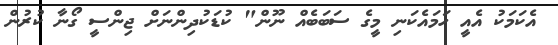
އެކަމަކު އެއީ ހަމައެކަނި މީގެ ސަބަބެއް ނޫން" ކުޑަކުދިންނަށް ޖިންސީ ގޯނާ ކުރުން